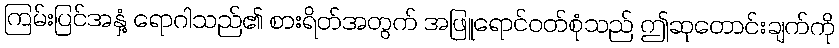
ကြမ်းပြင်အနှံ့ ရောဂါသည်၏ စားရိတ်အတွက် အဖြူရောင်ဝတ်စုံသည် ဤဆုတောင်းချက်ကို